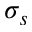
\sigma _ { s }